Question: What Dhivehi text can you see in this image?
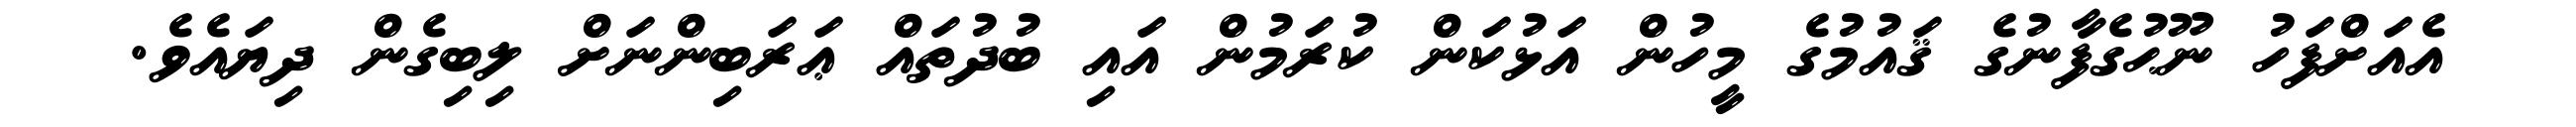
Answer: އެއަށްފަހު ނޫޙުގެފާނުގެ ޤައުމުގެ މީހުން އަޅުކަން ކުރަމުން އައި ބުދުތައް ޢަރަބިންނަށް ލިބިގެން ދިޔައެވެ.